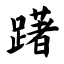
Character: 躇